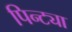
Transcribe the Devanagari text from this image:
पिन्ट्या